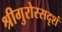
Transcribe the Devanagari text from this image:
श्रीगुरोस्सदृशं